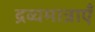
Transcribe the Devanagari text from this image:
द्रव्यमात्राएँ